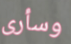
وسأرى